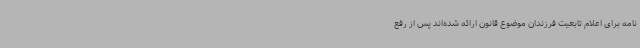
نامه برای اعلام تابعیت فرزندان موضوع قانون ارائه شده‌اند پس از رفع